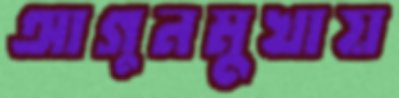
আগুনমুখায়